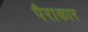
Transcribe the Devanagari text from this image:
पैराकार